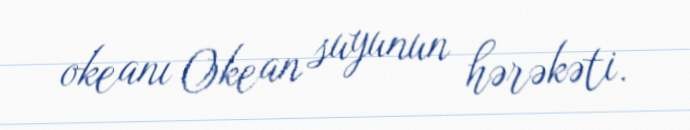
okeanı Okean suyunun hərəkəti.